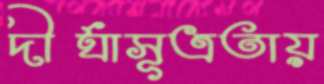
দীর্ঘাসূত্রতায়